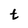
Character: t